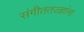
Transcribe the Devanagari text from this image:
संगीततज्ज्ञांना